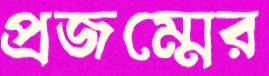
প্রজম্মের